65_HS1-834228961_62-HQ-83894_Section_4
Agency: FBI
Page 120
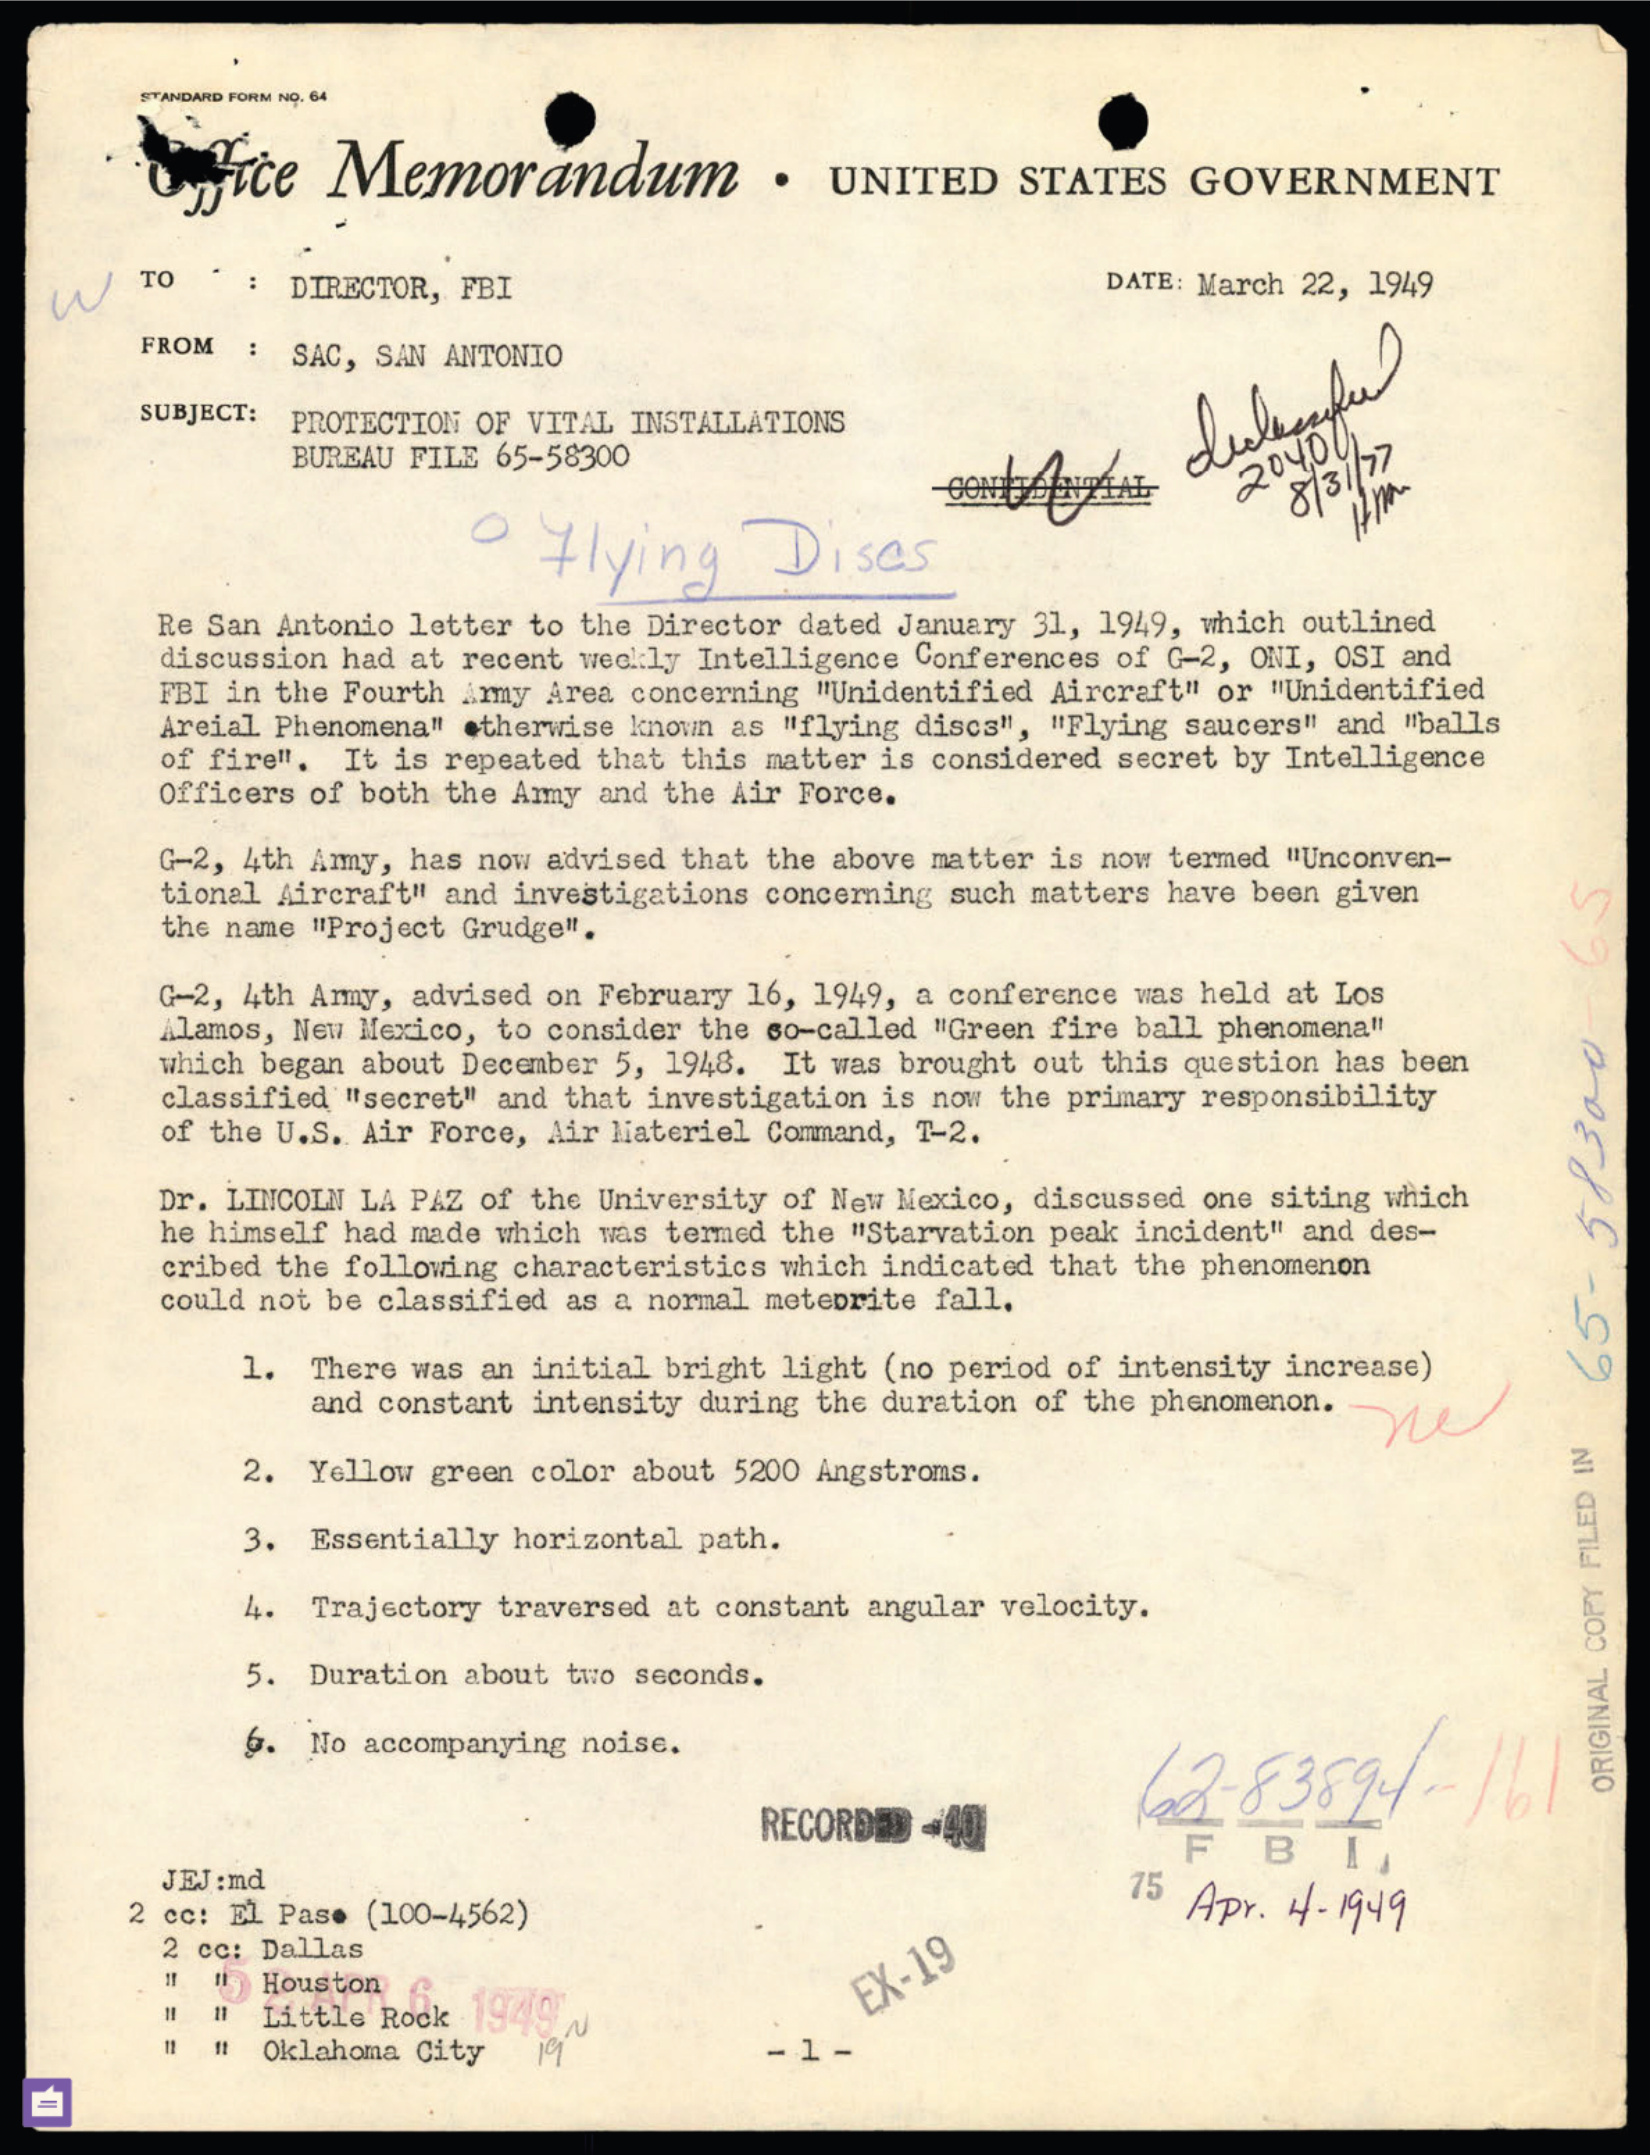